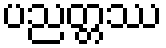
ပညတ္တဿ